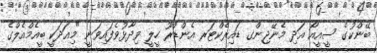
ބޭންކުގެ ސީއީއޯ އަދި މެނޭޖިންގ ޑައިރެކްޓަރ އެންޑްރޫ ހީލީ ވިދާޅުވެފައިވަނީ "މިއަދަކީ ބީއެމްއެލްގެ